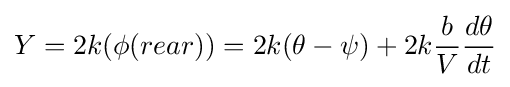
Y=2k(\phi (rear))=2k(\theta -\psi )+2k{\frac {b}{V}}{\frac {d\theta }{dt}}